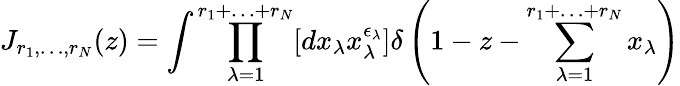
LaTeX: J_{r_{1},\ldots,r_{N}}(z)=\int\prod_{\lambda=1}^{r_{1}+\ldots+r_{N}}[dx_{\lambda}x_{\lambda}^{\epsilon_{\lambda}}]\delta\left(1-z-\sum_{\lambda=1}^{r_{1}+\ldots+r_{N}}x_{\lambda}\right)